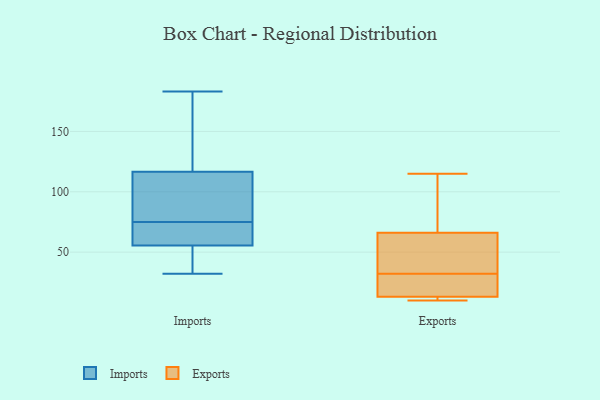
{"axis": {"x": "Operating Costs (USD K)", "y": "Value"}, "legend": ["Exports", "Imports"], "data": [{"x": "", "y": 32, "type": "Imports"}, {"x": "", "y": 71, "type": "Imports"}, {"x": "", "y": 171, "type": "Imports"}, {"x": "", "y": 62, "type": "Imports"}, {"x": "", "y": 57, "type": "Imports"}, {"x": "", "y": 40, "type": "Imports"}, {"x": "", "y": 183, "type": "Imports"}, {"x": "", "y": 77, "type": "Imports"}, {"x": "", "y": 75, "type": "Imports"}, {"x": "", "y": 98, "type": "Imports"}, {"x": "", "y": 145, "type": "Imports"}, {"x": "", "y": 160, "type": "Imports"}, {"x": "", "y": 89, "type": "Imports"}, {"x": "", "y": 107, "type": "Imports"}, {"x": "", "y": 61, "type": "Imports"}, {"x": "", "y": 37, "type": "Imports"}, {"x": "", "y": 51, "type": "Imports"}, {"x": "", "y": 17, "type": "Exports"}, {"x": "", "y": 61, "type": "Exports"}, {"x": "", "y": 13, "type": "Exports"}, {"x": "", "y": 30, "type": "Exports"}, {"x": "", "y": 75, "type": "Exports"}, {"x": "", "y": 34, "type": "Exports"}, {"x": "", "y": 10, "type": "Exports"}, {"x": "", "y": 115, "type": "Exports"}, {"x": "", "y": 11, "type": "Exports"}, {"x": "", "y": 66, "type": "Exports"}]}